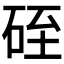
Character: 𥒓